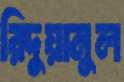
রিদুয়ানুল